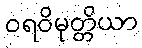
ဝရဝိမုတ္တိယာ